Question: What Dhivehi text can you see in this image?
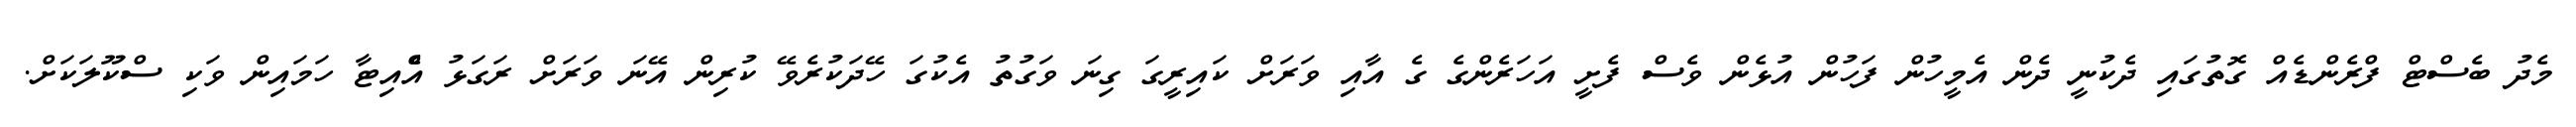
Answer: މެދު ބެސްޓް ފްރެންޑެއް ގޮތުގައި ދެކުނީ ދެން އެމީހުން ފަހުން އުޅެން ވެސް ފެށީ އަހަރެންގެ ގެ އާއި ވަރަށް ކައިރީގަ ގިނަ ވަގުތު އެކުގަ ހޭދަކުރެވޭ ކުރިން އޭނަ ވަރަށް ރަގަޅު އެްއިޓާ ހަމައިން ވަކި ސްކޫލަކަށް.